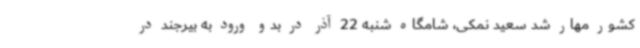
کشور مهار شد سعید نمکی، شامگاه شنبه 22 آذر در بدو ورود به بیرجند در